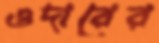
ওদারের